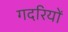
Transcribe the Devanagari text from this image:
गदरियों